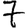
Digit: 7